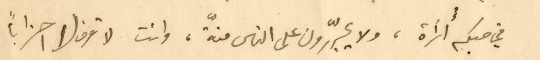
في حبكم أُسرأة، ولا يجرّرون على الناس منّة، وانت لا تعرف لا احزاباً